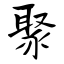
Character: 聚